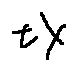
t X